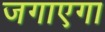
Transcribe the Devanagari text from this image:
जगाएगा